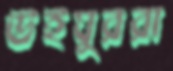
উইঘুররা